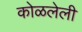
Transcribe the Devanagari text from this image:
कोळलेली